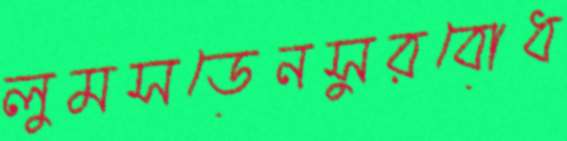
লুমসডেনসুরবোধ